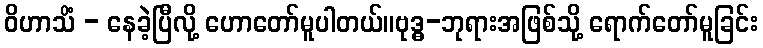
ဝိဟာသိံ - နေခဲ့ပြီလို့ ဟောတော်မူပါတယ်။ဗုဒ္ဓ-ဘုရားအဖြစ်သို့ ရောက်တော်မူခြင်း